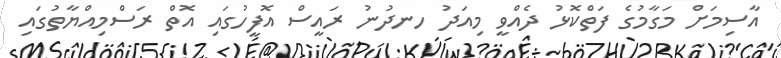
އާސިމަށް މަގާމުގެ ފަތްކޮޅު ދެއްވީ މިއަދު ހނދުނު ރައީސް އޮފީހުގައި އޮތް ރަސްމިއްޔާތުގައި